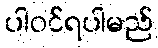
ပါဝင်ရပါမည်